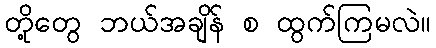
တို့တွေ ဘယ်အချိန် စ ထွက်ကြမလဲ။